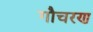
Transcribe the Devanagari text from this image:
गौचरण